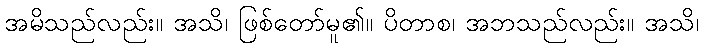
အမိသည်လည်း။ အသိ၊ ဖြစ်တော်မူ၏။ ပိတာစ၊ အဘသည်လည်း။ အသိ၊